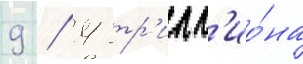
9 / 4 тр'илл'ио́на